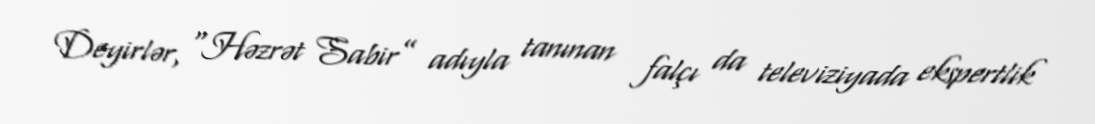
Deyirlər, “Həzrət Sabir” adıyla tanınan falçı da televiziyada ekspertlik